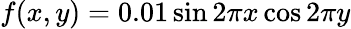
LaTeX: f(x,y)=0.01\sin{2\pi x}\cos{2\pi y}